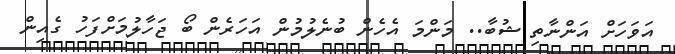
އަވަހަށް އަންނާތި ޝުބާ.. މަންމަ އެހެން ބުނެލުމުން އަހަރެން ބޯ ޖަހާލުމަށްފަހު ގެއިން